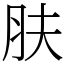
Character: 肤